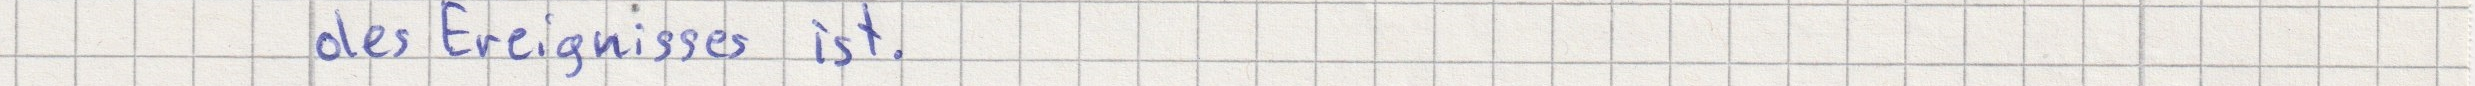
des Ereignisses ist.